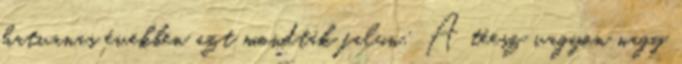
hatvanas években azt mondták falun: A téesz vagyon nagy